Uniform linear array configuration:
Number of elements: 48
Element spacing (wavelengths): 0.5
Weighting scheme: binomial
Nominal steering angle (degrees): -30
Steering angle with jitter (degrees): -28.988
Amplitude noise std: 0.05
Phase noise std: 0.05

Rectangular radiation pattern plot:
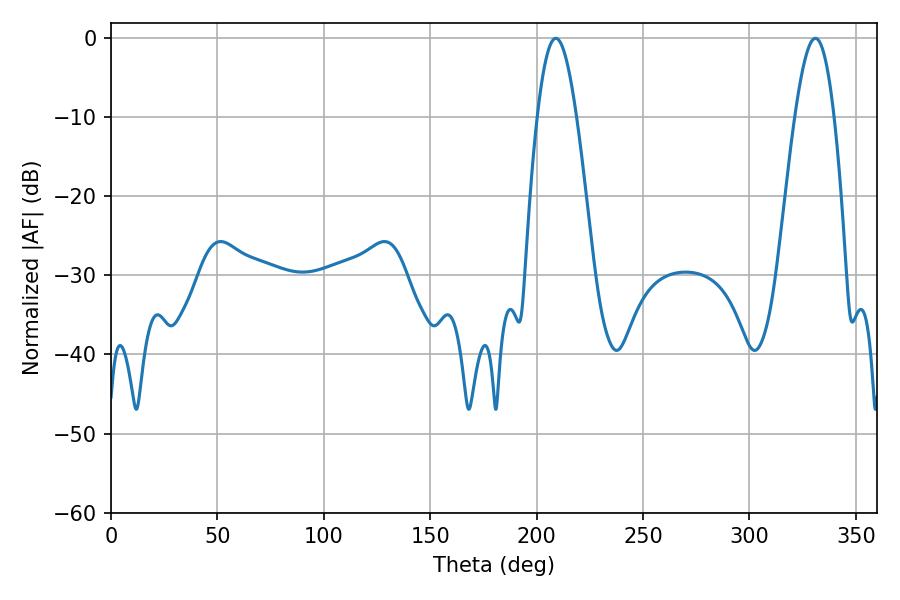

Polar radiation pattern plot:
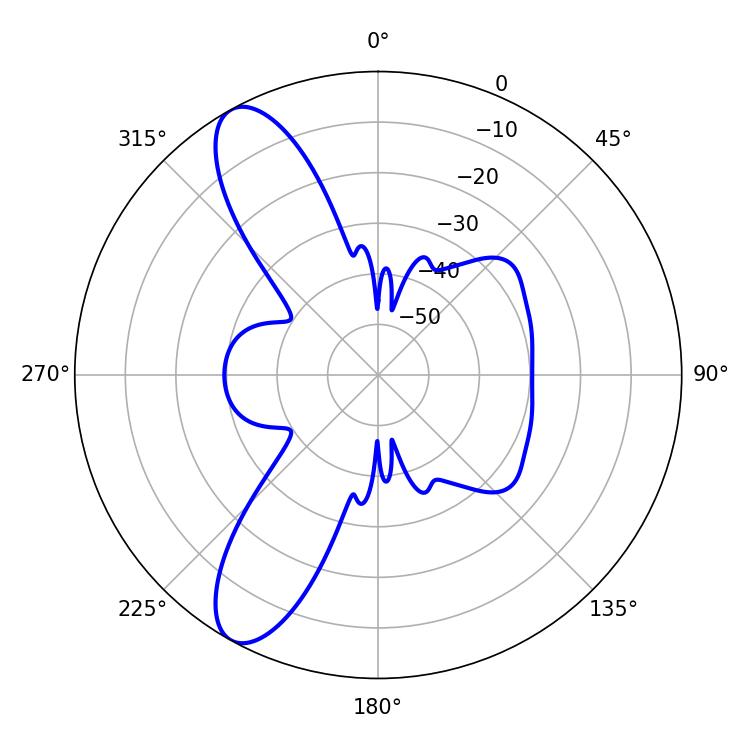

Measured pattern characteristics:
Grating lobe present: FALSE
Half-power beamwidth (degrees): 10.08
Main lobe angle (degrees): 208.98